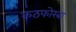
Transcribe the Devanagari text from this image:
कठफोरबा